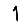
Digit: 1